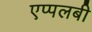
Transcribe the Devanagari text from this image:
एप्पलबी